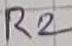
Text: R2